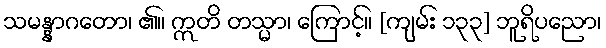
သမန္နာဂတော၊ ၏။ ဣတိ တသ္မာ၊ ကြောင့်။ [ကျမ်း ၁၃၃] ဘူရိပညော၊